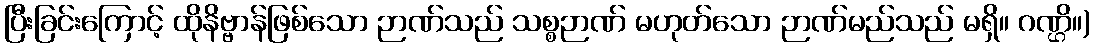
ပြီးခြင်းကြောင့် ထိုနိဗ္ဗာန်ဖြစ်သော ဉာဏ်သည် သစ္စဉာဏ် မဟုတ်သော ဉာဏ်မည်သည် မရှိ။ ဂဏ္ဌိ။)